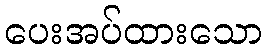
ပေးအပ်ထားသော